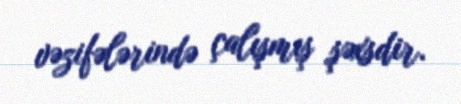
vəzifələrində çalışmış şəxsdir.